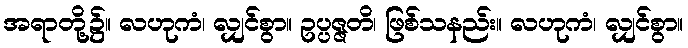
အရာတို့၌။ လဟုကံ၊ လျှင်စွာ။ ဥပ္ပဇ္ဇတိ၊ ဖြစ်သနည်း။ လဟုကံ၊ လျှင်စွာ။